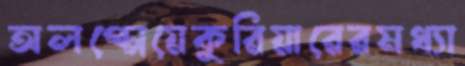
অলপ্পেয়েকুরিয়ারেরমধ্যা